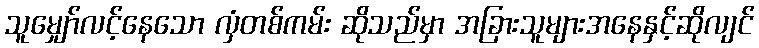
သူမျှော်လင့်နေသော လှံတစ်ကမ်း ဆိုသည်မှာ အခြားသူများအနေနှင့်ဆိုလျင်